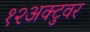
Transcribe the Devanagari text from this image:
१२अक्टुवर